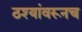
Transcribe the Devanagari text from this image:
ठश्यांवरूनच